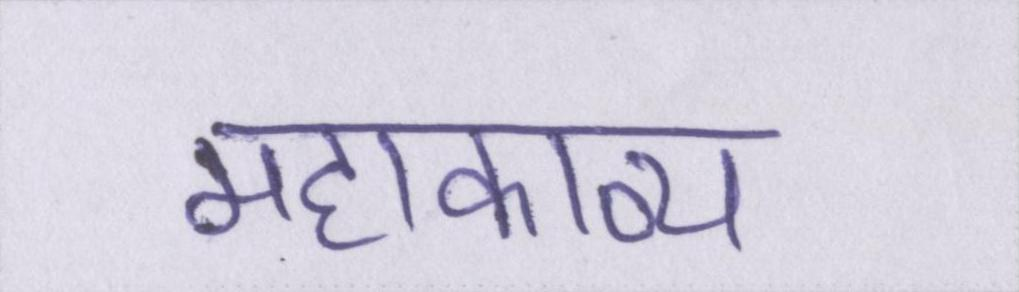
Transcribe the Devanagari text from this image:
महाकाव्य